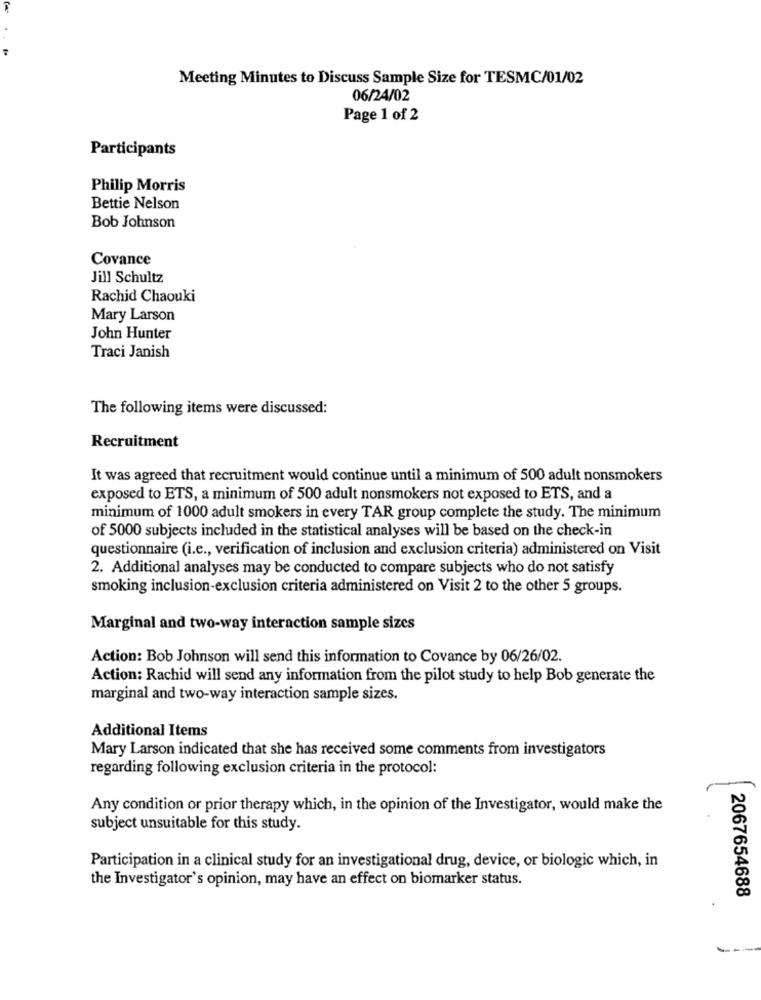
Meeting Minutes to Discuss Sample Size for TESMC/01/02
06/24/02
Page 1 of 2
Participants
Philip Morris
Bettie Nelson
Bob Johnson
Covance
Jill Schultz
Rachid Chaouki
Mary Larson
John Hunter
Traci Janish
The following items were discussed:
Recruitment
It was agreed that recruitment would continue until a minimum of 500 adult nonsmokers
exposed to ETS, a minimum of 500 adult nonsmokers not exposed to ETS, and a
minimum of 1000 adult smokers in every TAR group complete the study. The minimum
of 5000 subjects included in the statistical analyses will be based on the check-in
questionnaire (i.e ., verification of inclusion and exclusion criteria) administered on Visit
2. Additional analyses may be conducted to compare subjects who do not satisfy
smoking inclusion-exclusion criteria administered on Visit 2 to the other 5 groups.
Marginal and two-way interaction sample sizes
Action: Bob Johnson will send this information to Covance by 06/26/02.
Action: Rachid will send any information from the pilot study to help Bob generate the
marginal and two-way interaction sample sizes.
Additional Items
Mary Larson indicated that she has received some comments from investigators
regarding following exclusion criteria in the protocol:
Any condition or prior therapy which, in the opinion of the Investigator, would make the
subject unsuitable for this study.
Participation in a clinical study for an investigational drug, device, or biologic which, in
the Investigator's opinion, may have an effect on biomarker status.
2067654688
----